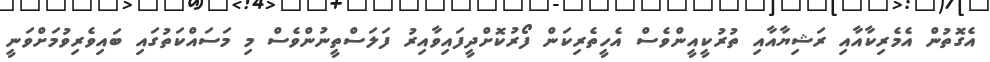
އެގޮތުން އެމެރިކާއާއި ރަޝިޔާއާއި ތުރުކީއީންވެސް އެހީތެރިކަން ފޯރުކޮށްދީފައިވާއިރު ފަލަސްތީނުންވެސް މި މަސައްކަތުގައި ބައިވެރިވުމަށްވަނީ